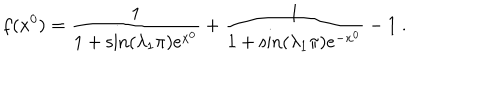
LaTeX: f ( x ^ { 0 } ) = \frac { 1 } { 1 + \sin ( \lambda _ { 1 } \pi ) e ^ { x ^ { 0 } } } + \frac { 1 } { 1 + \sin ( \lambda _ { 1 } \pi ) e ^ { - x ^ { 0 } } } - 1 ~ .